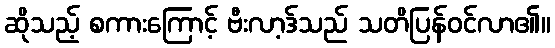
ဆိုသည့် စကားကြောင့် ဗီးလာ့ဒ်သည် သတိပြန်ဝင်လာ၏။